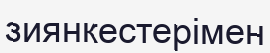
зиянкестерімен